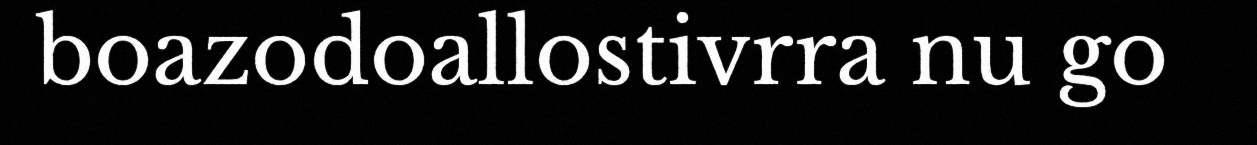
boazodoallostivrra nu go